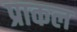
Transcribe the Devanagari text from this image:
प्राकल